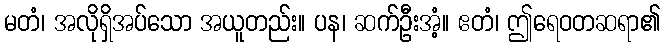
မတံ၊ အလိုရှိအပ်သော အယူတည်း။ ပန၊ ဆက်ဦးအံ့။ ဧတံ၊ ဤရေဝတဆရာ၏